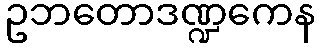
ဥဘတောဒဏ္ဍကေန